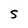
Character: S